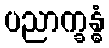
ပညာက္ခန္ဓံ